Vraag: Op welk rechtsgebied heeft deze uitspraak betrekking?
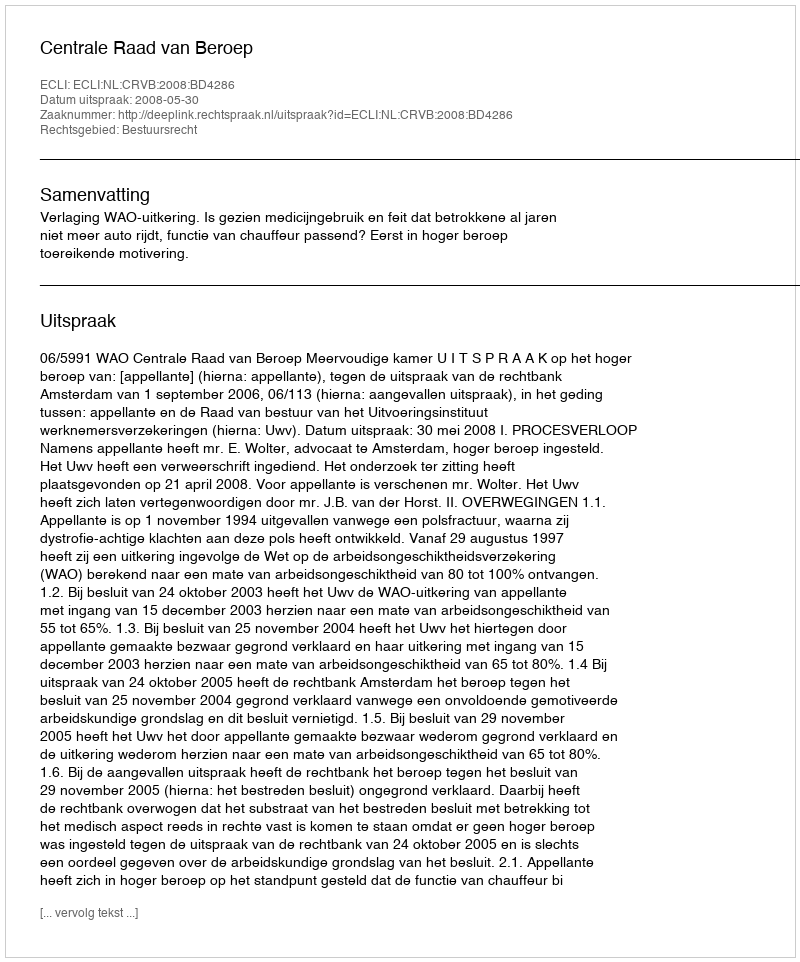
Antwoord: Bestuursrecht